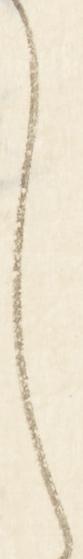
し